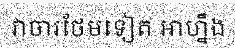
វាចារថែមទៀត អាហ្នឹង